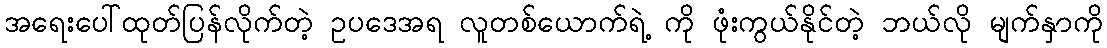
အရေးပေါ်ထုတ်ပြန်လိုက်တဲ့ ဥပဒေအရ လူတစ်ယောက်ရဲ့ ကို ဖုံးကွယ်နိုင်တဲ့ ဘယ်လို မျက်နှာကို